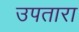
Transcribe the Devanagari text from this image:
उपतारा